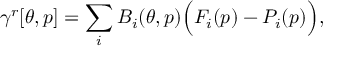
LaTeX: \gamma ^ { r } [ \theta , p ] = \sum _ { i } B _ { i } ( \theta , p ) \Big ( F _ { i } ( p ) - P _ { i } ( p ) \Big ) ,